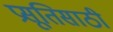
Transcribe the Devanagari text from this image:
प्रसूतिसाठी